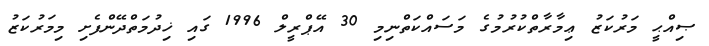
ޞިއްޙީ މަރުކަޒު ޢިމާރާތްކުރުމުގެ މަސައްކަތްނިމި 30 އޭޕްރީލް 1996 ގައި ޚިދުމަތްދޭންފެށި މިމަރުކަޒު